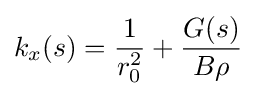
k_{x}(s)={\frac {1}{r_{0}^{2}}}+{\frac {G(s)}{B\rho }}